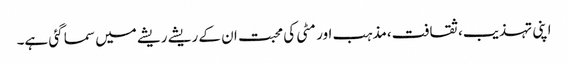
اپنی تہذیب،ثقافت،مذہب اور مٹی کی محبت ان کے ریشے ریشے میں سما گئی ہے۔